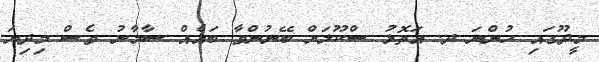
މީދޫގައި ހުންނަ ދ. އަތޮޅު ސްކޫލަށް ބޭނުންވާ ބައެއް ސާމާނު ވެސް މިދިޔަ